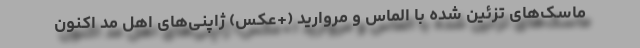
ماسک‌های تزئین شده با الماس و مروارید (+عکس) ژاپنی‌های اهل مد اکنون